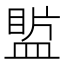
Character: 𥂄